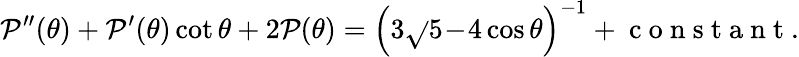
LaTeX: \mathcal{P}^{\prime\prime}(\theta)+\mathcal{P}^{\prime}(\theta)\cot\theta+2\mathcal{P}(\theta)=\Big(3\sqrt{}{{5\! -\! 4\cos\theta}}\Big)^{-1}+\mathrm{{~c~o~n~s~t~a~n~t~}}.